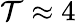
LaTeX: \mathcal{T}\approx4